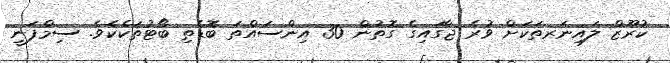
ކުރޫޒް ލައިނަރތަކަށް ވުރެ ޖާގައިގެ ގޮތުން 30 އިންސައްތަ ބޮޑެތި ބޯޓުތަކެކެވެ. ސިމްފަނީ